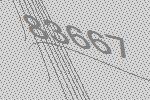
83667